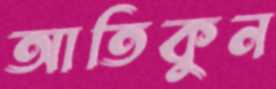
আতিকুন